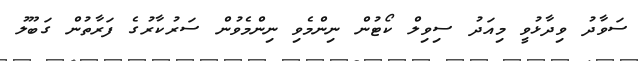
ސަވާދު ވިދާޅުވީ މިއަދު ސިވިލް ކޯޓުން ނިންމެވި ނިންމެވުން ސަރުކާރުގެ ފަރާތުން ގަބޫލު